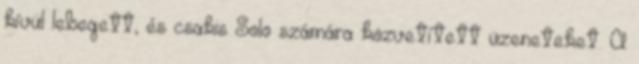
kívül lebegett, és csakis Solo számára közvetített üzeneteket. A